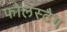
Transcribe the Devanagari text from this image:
फौलस्टैग